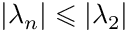
| \lambda _ { n } | \leqslant | \lambda _ { 2 } |